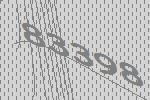
83398